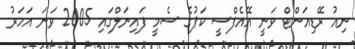
ނިއު ރޭޑިއަންޓް ވަނީ އޭއެފްސީ ކަޕުގެ ސެމީ ފައިނަލްގައި 2005 ވަނަ އަހަރު